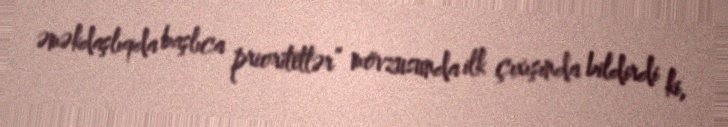
əməkdaşlıqda başlıca prioritetlər” mövzusunda ilk çıxışında bildirdi ki,